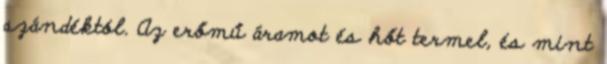
szándéktól. Az erőmű áramot és hőt termel, és mint